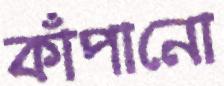
কাঁপানো